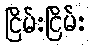
ငြိမ်းငြိမ်း